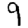
Digit: 9